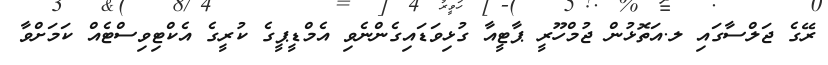
ރޭގެ ޖަލްސާގައި ލ.އަތޮޅުން ޖުމްހޫރީ ޕާޓީއާ ގުޅިވަޑައިގެންނެވި އެމްޑީޕީގެ ކުރީގެ އެކްޓިވިސްޓެއް ކަމަށްވާ